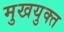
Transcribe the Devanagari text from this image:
मुखयुक्त